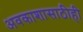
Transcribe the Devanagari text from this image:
अवकाशासाठीही